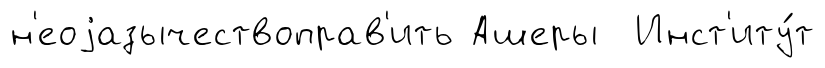
н'еоjазычествоправ'ить Ашеры Инст'иту́т